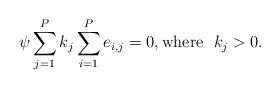
LaTeX: \begin{align*}\psi\sum_{j=1}^P k_j \sum_{i=1}^P e_{i,j}=0,{\rm where}~~k_j>0.\end{align*}